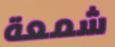
شمعة